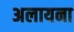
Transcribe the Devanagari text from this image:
अलायना